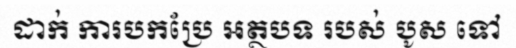
ដាក់ ការបកប្រែ អត្ថបទ របស់ បូស ទៅ